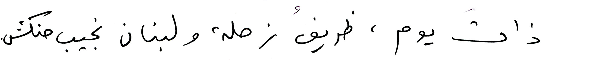
ذاتَ يوم، ظريقُ زحلة ولبنان نجيب حنكش.